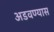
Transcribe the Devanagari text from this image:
अडवण्यास